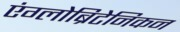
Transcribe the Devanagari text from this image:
एंग्लोब्रिटेनिकन